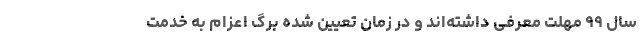
سال ۹۹ مهلت معرفی داشته‌اند و در زمان تعیین شده برگ اعزام به خدمت